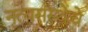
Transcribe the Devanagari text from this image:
नृत्यसंस्थेचे